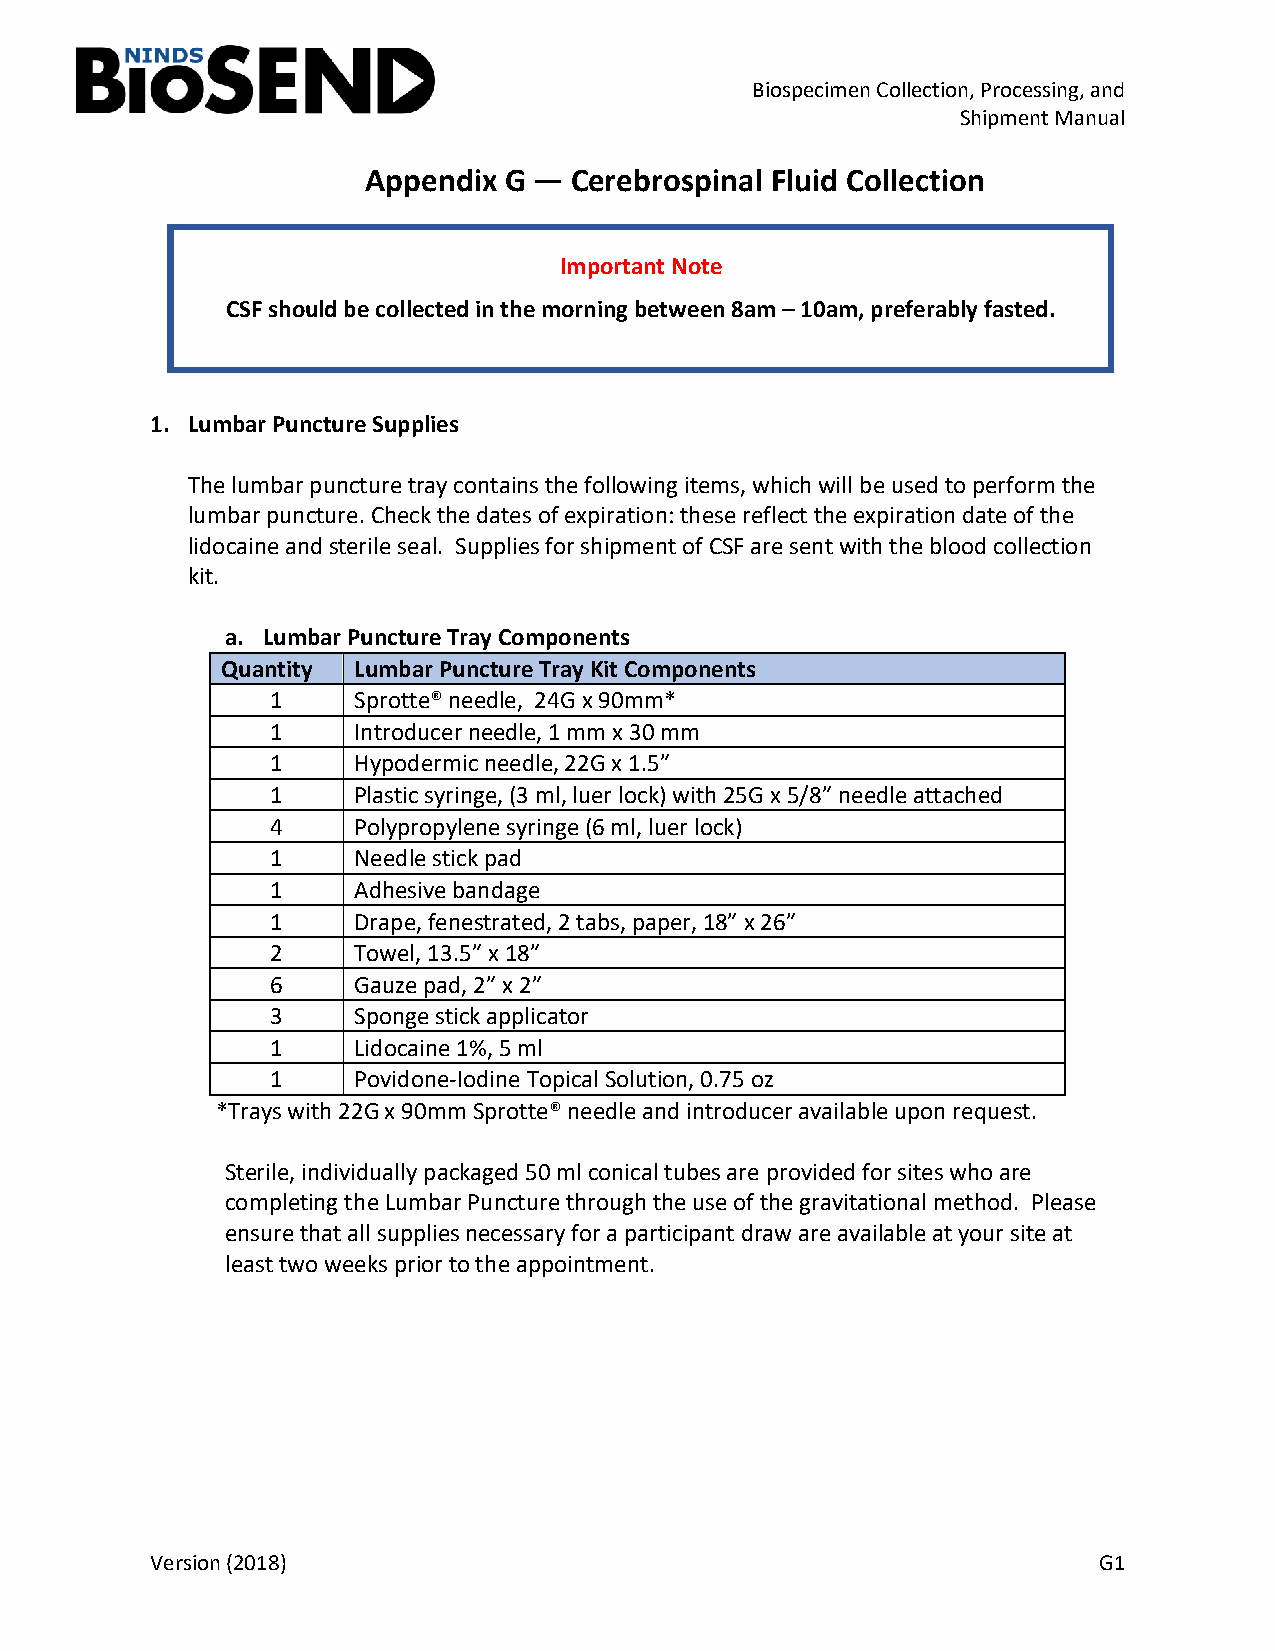
Biospecimen Collection, Processing, and
 Shipment Manual
 Appendix G —  Cerebrospinal Fluid Collection
 Important Note
 CSF should be collected in the morning between 8am – 10am, preferably fasted.
 1. Lumbar Puncture Supplies
 The lumbar puncture tray contains the following items, which will be used to perform the
 lumbar puncture. Check the dates of expiration: these reflect the expiration date of the
 lidocaine and sterile seal. Supplies for shipment of CSF are sent with the blood collection
 kit.
 a. Lumbar Puncture Tray Components
 Quantity Lumbar Puncture Tray Kit Components
 1    Sprotte® needle, 24G x 90mm*
 1    Introducer needle, 1 mm x 30 mm
 1    Hypodermic needle, 22G x 1.5”
 1    Plastic syringe, (3 ml, luer lock) with 25G x 5/8” needle attached
 4    Polypropylene syringe (6 ml, luer lock)
 1    Needle stick pad
 1    Adhesive bandage
 1    Drape, fenestrated, 2 tabs, paper, 18” x 26”
 2    Towel, 13.5” x 18”
 6    Gauze pad, 2” x 2”
 3    Sponge stick applicator
 1    Lidocaine 1%, 5 ml
 1    Povidone-Iodine Topical Solution, 0.75 oz
 *Trays with 22G x 90mm Sprotte® needle and introducer available upon request.
 Sterile, individually packaged 50 ml conical tubes are provided for sites who are
 completing the Lumbar Puncture through the use of the gravitational method. Please
 ensure that all supplies necessary for a participant draw are available at your site at
 least two weeks prior to the appointment.
 Version (2018)                                                 G1